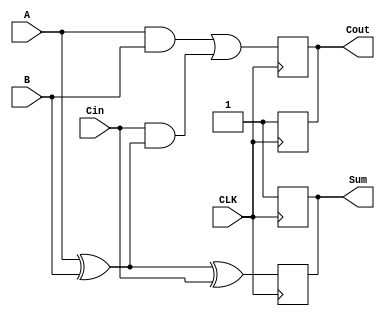
module dynamic_full_adder (
    input wire A,      // First input bit
    input wire B,      // Second input bit
    input wire Cin,    // Carry-in bit
    input wire CLK,    // Clock signal
    output reg Sum,    // Resultant sum bit
    output reg Cout    // Carry-out bit
);

// Internal signals for dynamic logic
wire S_temp;
wire C_temp;

// Combinational logic for Sum and Carry-out
assign S_temp = A ^ B ^ Cin; // Sum logic
assign C_temp = (A & B) | (Cin & (A ^ B)); // Carry-out logic

always @(posedge CLK) begin
    // Precharge phase: set outputs high
    Sum <= 1'b1;
    Cout <= 1'b1;
end

always @(negedge CLK) begin
    // Evaluate phase: determine outputs based on input conditions
    Sum <= S_temp;
    Cout <= C_temp;
end

endmodule